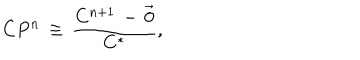
C P ^ { n } \, \equiv \, \frac { C ^ { n + 1 } \, - \, \vec { 0 } } { C ^ { * } } ,